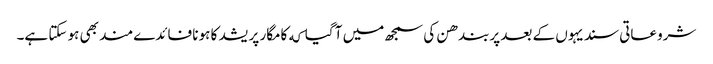
شروعاتی سندیہوں کے بعد پربندھن کی سمجھ میں آ گیا که کامگار پریشد کا ہونا فائدےمند بھی ہو سکتا ہے۔